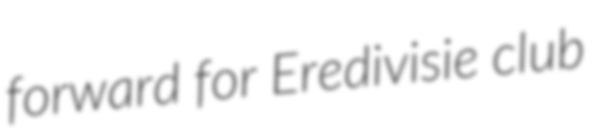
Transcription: forward for Eredivisie club